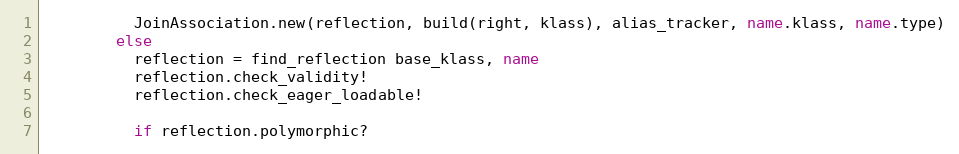
Language: Ruby
          JoinAssociation.new(reflection, build(right, klass), alias_tracker, name.klass, name.type)
        else
          reflection = find_reflection base_klass, name
          reflection.check_validity!
          reflection.check_eager_loadable!

          if reflection.polymorphic?